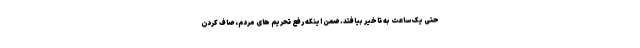
حتی یک ساعت به تاخیر بیافتد. ضمن اینکه رفع تحریم های مردم، صاف کردن